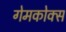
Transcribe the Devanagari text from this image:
गेमकोक्स